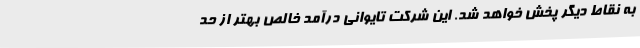
به نقاط دیگر پخش خواهد شد. این شرکت تایوانی درآمد خالص بهتر از حد